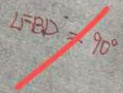
\angle F E D = 9 0 ^ { \circ }